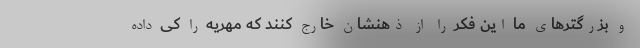
و بزرگترهای ما این فکر را از ذهنشان خارج کنند که مهریه را کی داده